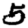
Digit: 5